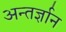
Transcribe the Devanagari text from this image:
अन्तर्ज्ञान